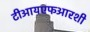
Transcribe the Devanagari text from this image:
टीआयएफआरशी